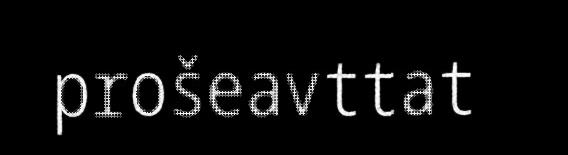
prošeavttat